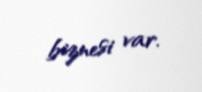
biznesi var.